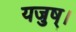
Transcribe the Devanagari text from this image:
यजुष्।